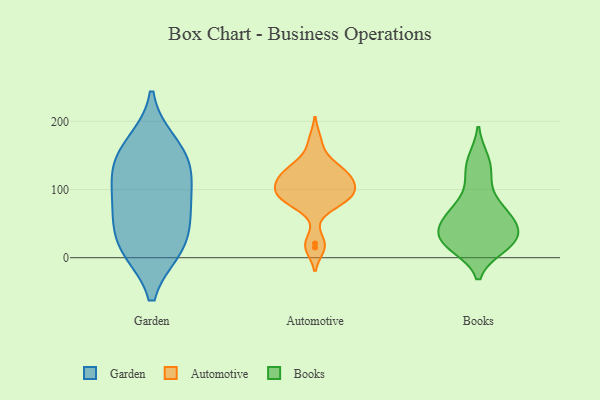
{"axis": {"x": "Net Income (USD K)", "y": "Value"}, "legend": ["Automotive", "Books", "Garden"], "data": [{"x": "", "y": 158, "type": "Garden"}, {"x": "", "y": 63, "type": "Garden"}, {"x": "", "y": 123, "type": "Garden"}, {"x": "", "y": 113, "type": "Garden"}, {"x": "", "y": 14, "type": "Garden"}, {"x": "", "y": 63, "type": "Garden"}, {"x": "", "y": 168, "type": "Garden"}, {"x": "", "y": 137, "type": "Garden"}, {"x": "", "y": 15, "type": "Garden"}, {"x": "", "y": 13, "type": "Garden"}, {"x": "", "y": 80, "type": "Garden"}, {"x": "", "y": 114, "type": "Automotive"}, {"x": "", "y": 131, "type": "Automotive"}, {"x": "", "y": 86, "type": "Automotive"}, {"x": "", "y": 86, "type": "Automotive"}, {"x": "", "y": 124, "type": "Automotive"}, {"x": "", "y": 91, "type": "Automotive"}, {"x": "", "y": 124, "type": "Automotive"}, {"x": "", "y": 21, "type": "Automotive"}, {"x": "", "y": 108, "type": "Automotive"}, {"x": "", "y": 97, "type": "Automotive"}, {"x": "", "y": 111, "type": "Automotive"}, {"x": "", "y": 172, "type": "Automotive"}, {"x": "", "y": 142, "type": "Automotive"}, {"x": "", "y": 93, "type": "Automotive"}, {"x": "", "y": 15, "type": "Automotive"}, {"x": "", "y": 75, "type": "Automotive"}, {"x": "", "y": 118, "type": "Books"}, {"x": "", "y": 16, "type": "Books"}, {"x": "", "y": 75, "type": "Books"}, {"x": "", "y": 31, "type": "Books"}, {"x": "", "y": 51, "type": "Books"}, {"x": "", "y": 47, "type": "Books"}, {"x": "", "y": 69, "type": "Books"}, {"x": "", "y": 144, "type": "Books"}, {"x": "", "y": 20, "type": "Books"}, {"x": "", "y": 27, "type": "Books"}]}